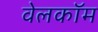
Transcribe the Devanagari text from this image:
वेलकॉम